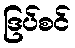
ဒြပ်စင်